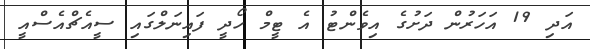
އަދި 19 އަހަރުން ދަށުގެ އިވެންޓު އެ ޓީމް ހޯދީ ފައިނަލްގައި ސީއެޗްއެސްއީ